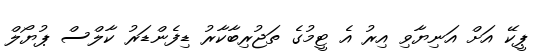
ޕީކޭ އަށް އަނިޔާވި އިރު އެ ޓީމުގެ ތަޖުރިބާކާރު ޑިފެންޑަރު ކާލްސް ޕުޔޯލް